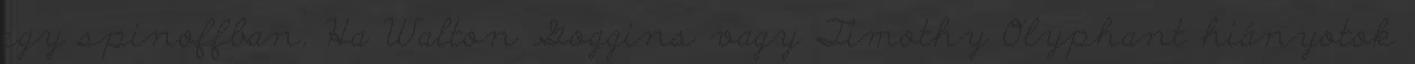
egy spinoffban. Ha Walton Goggins vagy Timothy Olyphant hiányotok